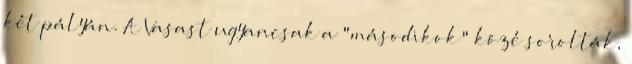
két pályán. A Vasast ugyancsak a "másodikok" közé sorolták,